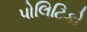
પોલિટિકો